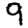
Digit: 9